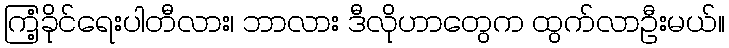
ကြံ့ခိုင်ရေးပါတီလား၊ ဘာလား ဒီလိုဟာတွေက ထွက်လာဦးမယ်။